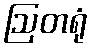
ဩတရုံ